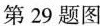
第29题图